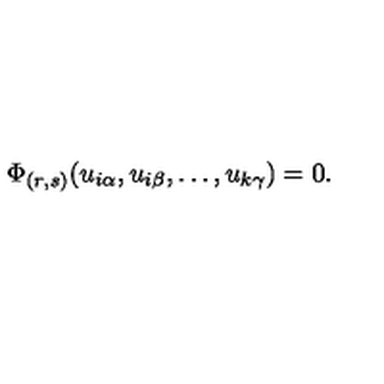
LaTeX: \Phi _ { ( r , s ) } ( u _ { i \alpha } , u _ { i \beta } , \ldots , u _ { k \gamma } ) = 0 .